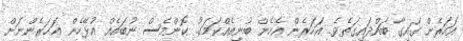
އަހަރެން ގައިގާ ބައްދައިގަތެވެ.. އަހަރެން އެހެން ބުނިއެއްކަމަކު.. ކޮންމެސް ނުބައެއް އުޅޭހެން އަހަރެންނަށް